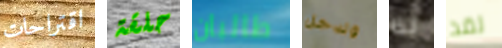
اقتراحات حلقة طالبان وتدخل لذا لقد